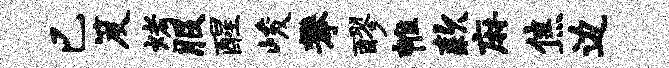
已笈烤服醒峻攀醪帷款麻焦边